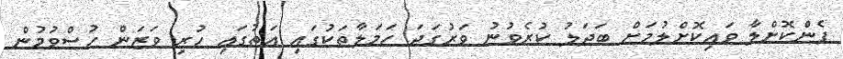
ފެންކޮށްލާ ވައިކޮށްލުމަށް ބަދަލު ކުރެވުނު ވަރުގަދަ ހަމަލާތަކުގައި އަތުގައި ހުރި ވަޒަން ހުސްވުމުން